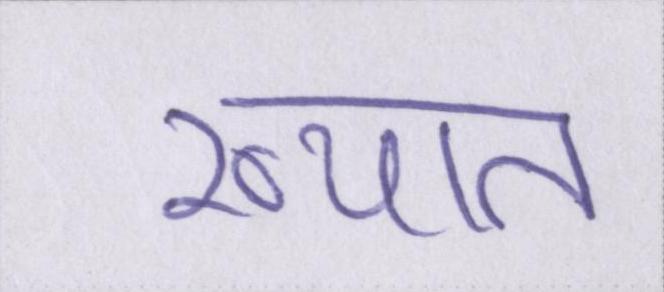
ख्यात